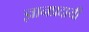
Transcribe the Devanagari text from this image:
ज्ञानप्रदायी